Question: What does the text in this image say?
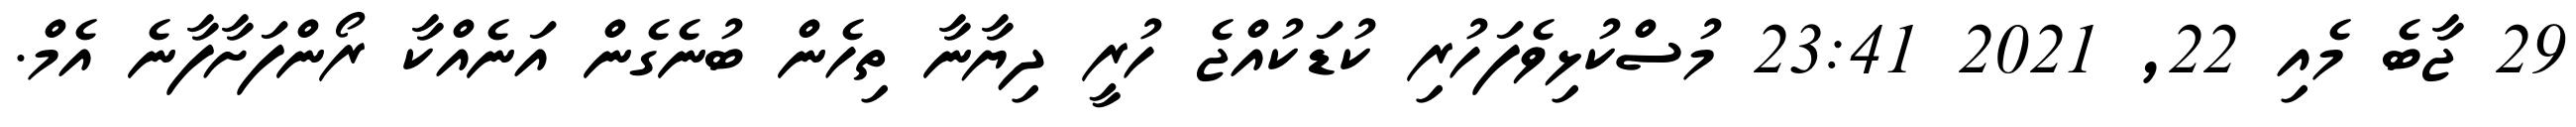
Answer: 29 ޖާބެ މެއި 22, 2021 23:41 މުސްކުޅިވެފަހުރި ކުޑަކުއްޖެ ހުރީ ދިޔާނާ ތިހެން ބުނެގެން އަނެއްކާ ރޯންފަށާފާނެ އެމް.